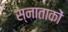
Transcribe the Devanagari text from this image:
स्नाताकों